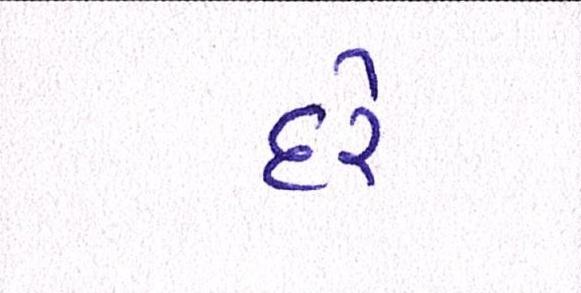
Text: દરે